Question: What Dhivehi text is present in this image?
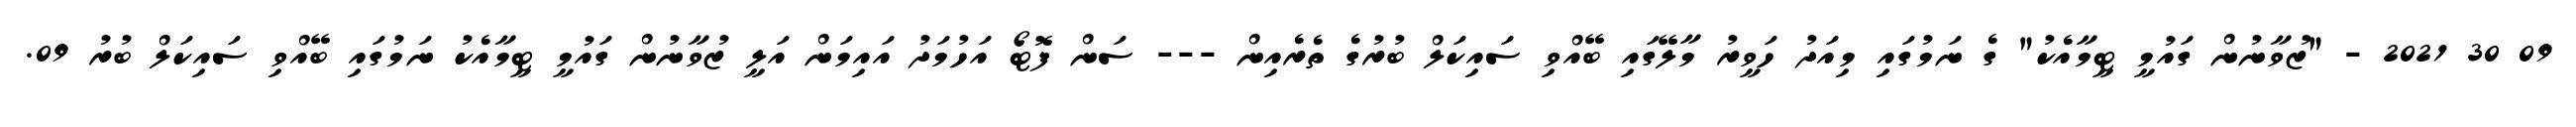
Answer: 09 30 2021 - "ޒުވާނުން ގައުމީ ޓީމާއެކު" ގެ ނަމުގައި މިއަދު ހަވީރު މާލޭގައި ބޭއްވި ސައިކަލް ބުރުގެ ތެރެއިން --- ސަން ފޮޓޯ އަހުމަދު އައިމަން އަލީ ޒުވާނުން ގައުމީ ޓީމާއެކު ނަމުގައި ބޭއްވި ސައިކަލް ބުރު 09.